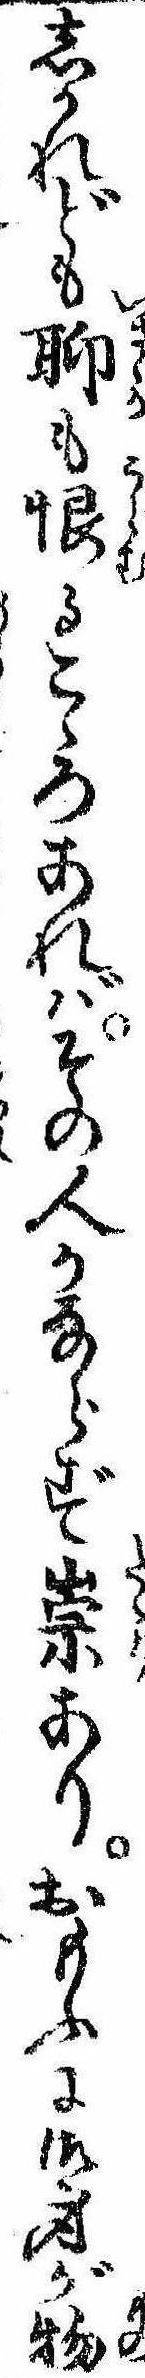
しかれども聊も恨るこゝろあればその人かならず祟ありおもふに御身が物